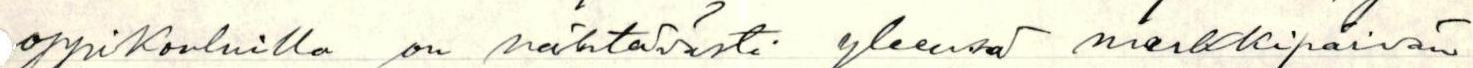
oppikouluilla on nähtävästi yleensä merkkipäivän